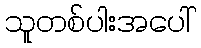
သူတစ်ပါးအပေါ်